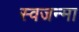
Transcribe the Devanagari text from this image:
स्वजन्मा